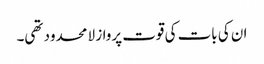
ان کی بات کی قوت پرواز لا محدود تھی۔